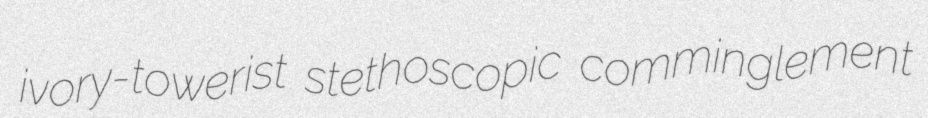
ivory-towerist stethoscopic comminglement